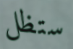
ستظل